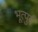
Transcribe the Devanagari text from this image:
भूत्पुर्व